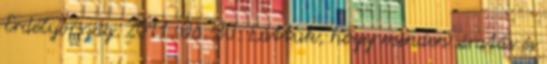
Erdélyország. 2011. 06. 30. Láttuk, hogy minden siratás és